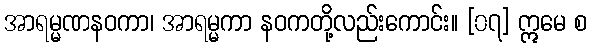
အာရမ္မဏနဝကာ၊ အာရမ္မကာ နဝကတို့လည်းကောင်း။ [၀၇] ဣမေ စ